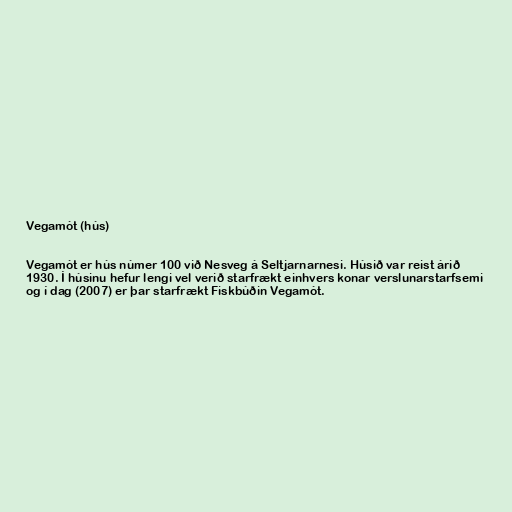
Vegamót (hús)

Vegamót er hús númer 100 við Nesveg á Seltjarnarnesi. Húsið var reist árið
1930. Í húsinu hefur lengi vel verið starfrækt einhvers konar verslunarstarfsemi
og í dag (2007) er þar starfrækt Fiskbúðin Vegamót.